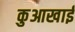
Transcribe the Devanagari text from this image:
कुआखाई